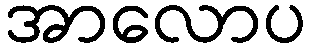
အာလောပ